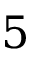
5